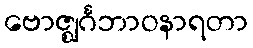
ဗောဇ္ဈင်္ဂဘာဝနာရတာ